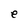
Character: e